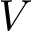
V